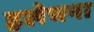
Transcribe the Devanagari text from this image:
हलेचना